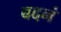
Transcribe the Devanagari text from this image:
बदनं